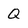
Character: Q